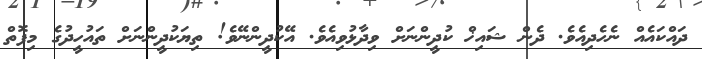
ދައްކައެއް ނެހެދިއެވެ. ދެން ޝައިޚް ކުދީންނަށް ވިދާޅުވިއެވެ. އޭކުދީންނޭވެ! ތިޔަކުދީންނަށް ތައުހީދުގެ މިފޮތް